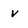
Character: v